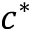
c ^ { * }